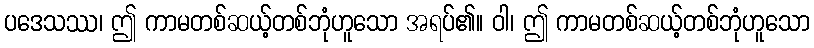
ပဒေသဿ၊ ဤ ကာမတစ်ဆယ့်တစ်ဘုံဟူသော အရပ်၏။ ဝါ၊ ဤ ကာမတစ်ဆယ့်တစ်ဘုံဟူသော